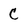
Character: C